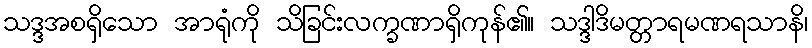
သဒ္ဒအစရှိသော အာရုံကို သိခြင်းလက္ခဏာရှိကုန်၏။ သဒ္ဒါဒိမတ္တာရမဏရသာနိ၊